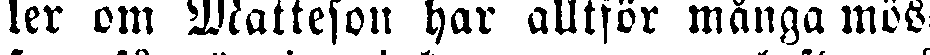
ler om Matteson har alltför många mös-